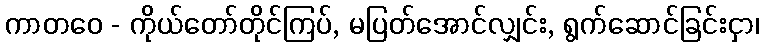
ကာတဝေ - ကိုယ်တော်တိုင်ကြပ်, မပြတ်အောင်လျှင်း, ရွက်ဆောင်ခြင်းငှာ၊